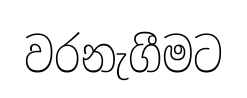
වරනැගීමට